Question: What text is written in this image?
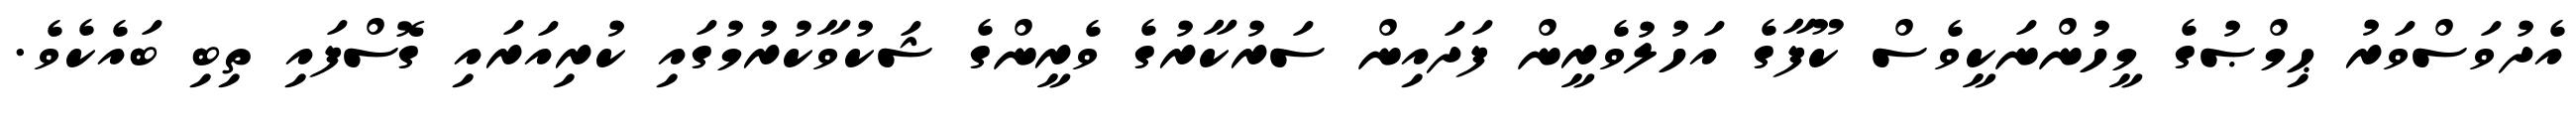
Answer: އެދުވަސްވަރު ޙިމްޞުގެ މީހުންނަކީވެސް ކޫފާގެ އަހުލުވެރީން ފަދައިން ސަރުކާރުގެ ވެރީންގެ ޝަކުވާކުރުމުގައި ކުރިއަރައި ގޮސްފައި ތިބި ބައެކެވެ.